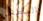
السطحي